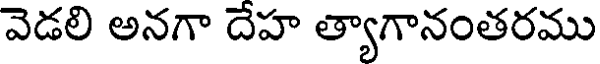
వెడలి అనగా దేహ త్యాగానంతరము